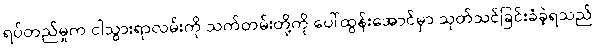
ရပ်တည်မှုက ငါသွားရာလမ်းကို သက်တမ်းတို့ကို ပေါ်ထွန်းအောင်မှာ သုတ်သင်ခြင်းခံခဲ့ရသည်